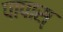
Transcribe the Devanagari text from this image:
पापास्